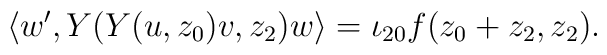
\langle w',Y(Y(u,z_0)v,z_2)w\rangle=\iota_{20}f(z_0+z_2,z_2).